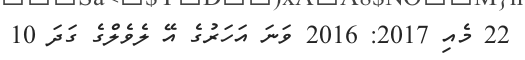
22 މެއި 2017: 2016 ވަނަ އަހަރުގެ އޭ ލެވެލްގެ ގަދަ 10